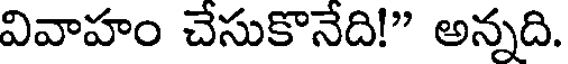
వివాహం చేసుకొనేది!" అన్నది.